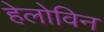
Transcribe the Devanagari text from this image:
हेलोविन